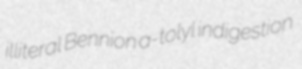
illiteral Bennion a-tolyl indigestion